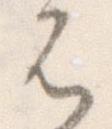
は